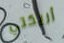
أريكتي